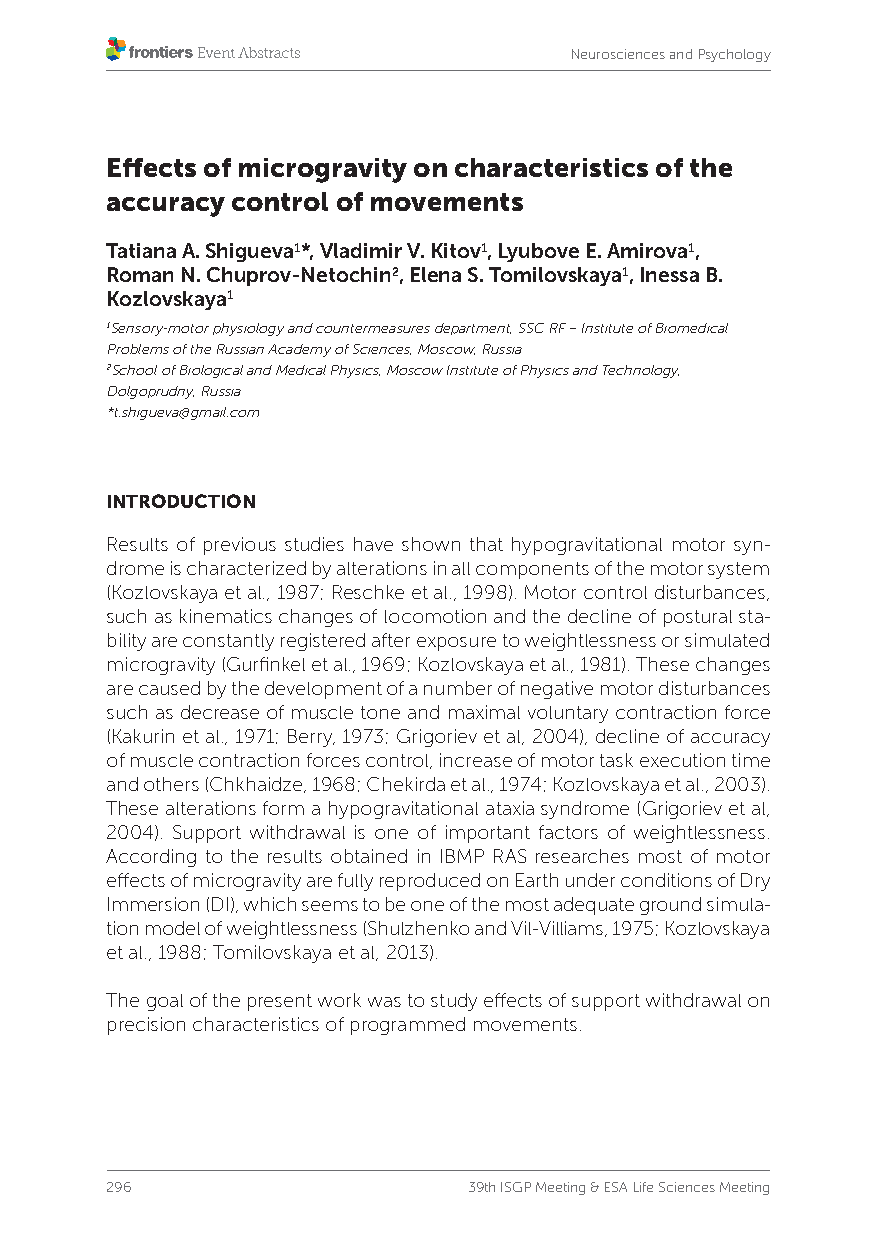
Neurosciences and Psychology
 Effects of microgravity on characteristics of the
 accuracy control of movements
 Tatiana A. Shigueva1*, Vladimir V. Kitov1, Lyubove E. Amirova1,
 Roman N. Chuprov-Netochin2, Elena S. Tomilovskaya1, Inessa B.
 Kozlovskaya1
 1Sensory-motor physiology and countermeasures department, SSC RF – Institute of Biomedical
 Problems of the Russian Academy of Sciences, Moscow, Russia
 2School of Biological and Medical Physics, Moscow Institute of Physics and Technology,
 Dolgoprudny, Russia
 *t.shigueva@gmail.com
 INTRODUCTION
 Results of previous studies have shown that hypogravitational motor syn-
 drome is characterized by alterations in all components of the motor system
 (Kozlovskaya et al., 1987; Reschke et al., 1998). Motor control disturbances,
 such as kinematics changes of locomotion and the decline of postural sta-
 bility are constantly registered after exposure to weightlessness or simulated
 microgravity (Gurfinkel et al., 1969; Kozlovskaya et al., 1981). These changes
 are caused by the development of a number of negative motor disturbances
 such as decrease of muscle tone and maximal voluntary contraction force
 (Kakurin et al., 1971; Berry, 1973; Grigoriev et al, 2004), decline of accuracy
 of muscle contraction forces control, increase of motor task execution time
 and others (Chkhaidze, 1968; Chekirda et al., 1974; Kozlovskaya et al., 2003).
 These alterations form a hypogravitational ataxia syndrome (Grigoriev et al,
 2004). Support withdrawal is one of important factors of weightlessness.
 According to the results obtained in IBMP RAS researches most of motor
 effects of microgravity are fully reproduced on Earth under conditions of Dry
 Immersion (DI), which seems to be one of the most adequate ground simula-
 tion model of weightlessness (Shulzhenko and Vil-Villiams, 1975; Kozlovskaya
 et al., 1988; Tomilovskaya et al, 2013).
 The goal of the present work was to study effects of support withdrawal on
 precision characteristics of programmed movements.
 296                     39th ISGP Meeting & ESA Life Sciences Meeting